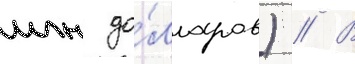
млн до́лларов) // В